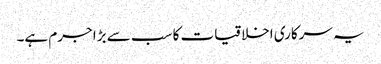
یہ سرکاری اخلاقیات کا سب سے بڑا جرم ہے۔